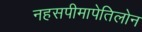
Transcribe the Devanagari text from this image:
नहसपीमापेतिलोन